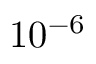
1 0 ^ { - 6 }